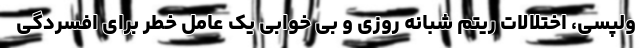
ولپسی، اختلالات ریتم شبانه روزی و بی خوابی یک عامل خطر برای افسردگی